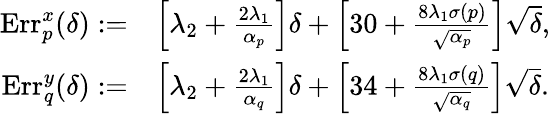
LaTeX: \begin{array}{rl}{\mathrm{Err}_{p}^{x}(\delta):=}&{\left[\lambda_{2}+\frac{2\lambda_{1}}{\alpha_{p}}\right]\delta+\left[30+\frac{8\lambda_{1}\sigma(p)}{\sqrt{\alpha_{p}}}\right]\sqrt{\delta},}\\ {\mathrm{Err}_{q}^{y}(\delta):=}&{\left[\lambda_{2}+\frac{2\lambda_{1}}{\alpha_{q}}\right]\delta+\left[34+\frac{8\lambda_{1}\sigma(q)}{\sqrt{\alpha_{q}}}\right]\sqrt{\delta}.}\end{array}